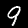
Label: 9